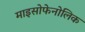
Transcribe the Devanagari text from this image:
माइसोफेनोलिक